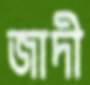
জাদী